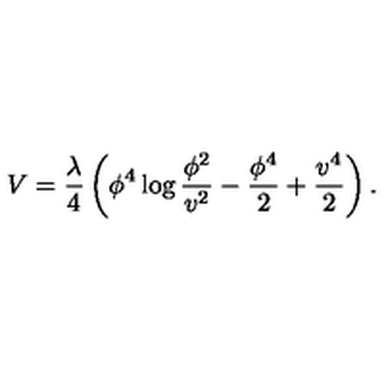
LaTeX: V = { \frac { \lambda } { 4 } } \left( \phi ^ { 4 } \log { \frac { \phi ^ { 2 } } { v ^ { 2 } } } - { \frac { \phi ^ { 4 } } { 2 } } + { \frac { v ^ { 4 } } { 2 } } \right) .